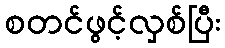
စတင်ဖွင့်လှစ်ပြီး